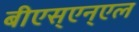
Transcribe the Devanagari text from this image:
बीएस्‌एन्‌एल